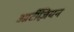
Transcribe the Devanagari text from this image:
आर्टीज़ियन